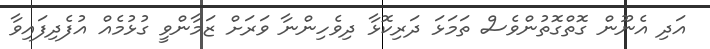
އަދި އެނޫން ގޮތްގޮތުންވެސް ތަމަޅަ ދަރިކޮޅާ ދިވެހިންނާ ވަރަށް ޒަމާންވީ ގުޅުމެއް އުފެދިފައިވާ